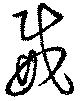
威